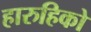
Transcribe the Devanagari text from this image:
हारुहिको